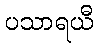
ပသာရယီ